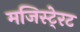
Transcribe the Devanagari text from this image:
मजिस्टे्रट